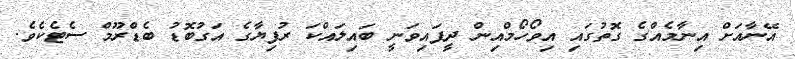
އޭނާއަށް އިނާމެއްގެ ގޮތުގައި އިވޯހޯމްއިން ދީފައިވަނީ ބައިލައްކަ ރުފިޔާގެ އަގުބޮޑު ބެޑްރޫމް ސެޓެކެވެ.